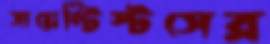
সায়েন্টিস্টসের